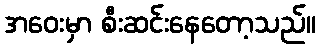
အဝေးမှာ စီးဆင်းနေတော့သည်။